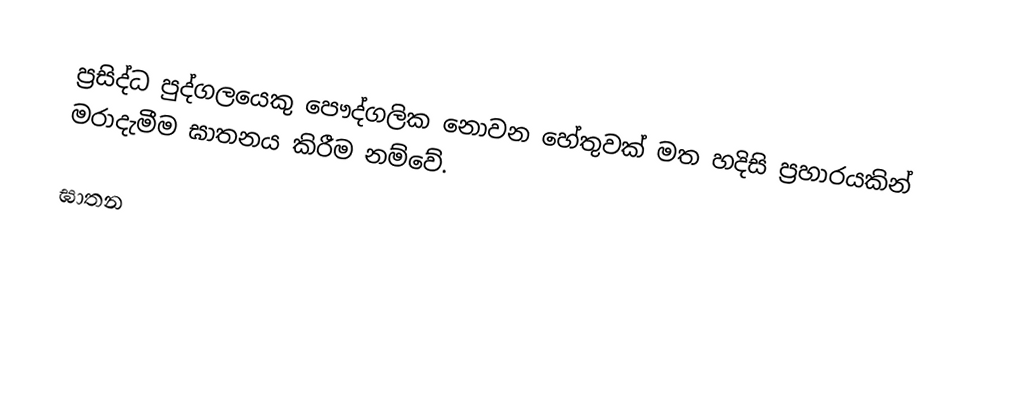
ප්‍රසිද්ධ පුද්ගලයෙකු පෞද්ගලික නොවන හේතුවක් මත හදිසි ප්‍රහාරයකින් මරාදැමීම ඝාතනය කිරීම නම්වේ.

ඝාතන